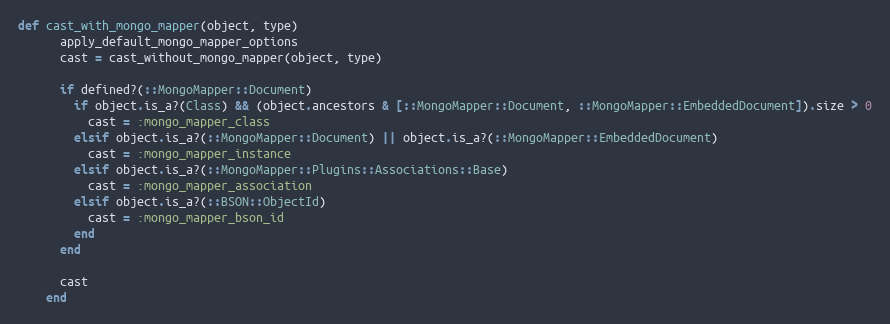
Language: Ruby
def cast_with_mongo_mapper(object, type)
      apply_default_mongo_mapper_options
      cast = cast_without_mongo_mapper(object, type)

      if defined?(::MongoMapper::Document)
        if object.is_a?(Class) && (object.ancestors & [::MongoMapper::Document, ::MongoMapper::EmbeddedDocument]).size > 0
          cast = :mongo_mapper_class
        elsif object.is_a?(::MongoMapper::Document) || object.is_a?(::MongoMapper::EmbeddedDocument)
          cast = :mongo_mapper_instance
        elsif object.is_a?(::MongoMapper::Plugins::Associations::Base)
          cast = :mongo_mapper_association
        elsif object.is_a?(::BSON::ObjectId)
          cast = :mongo_mapper_bson_id
        end
      end

      cast
    end